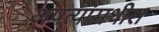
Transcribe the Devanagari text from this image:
अपत्यांमधील